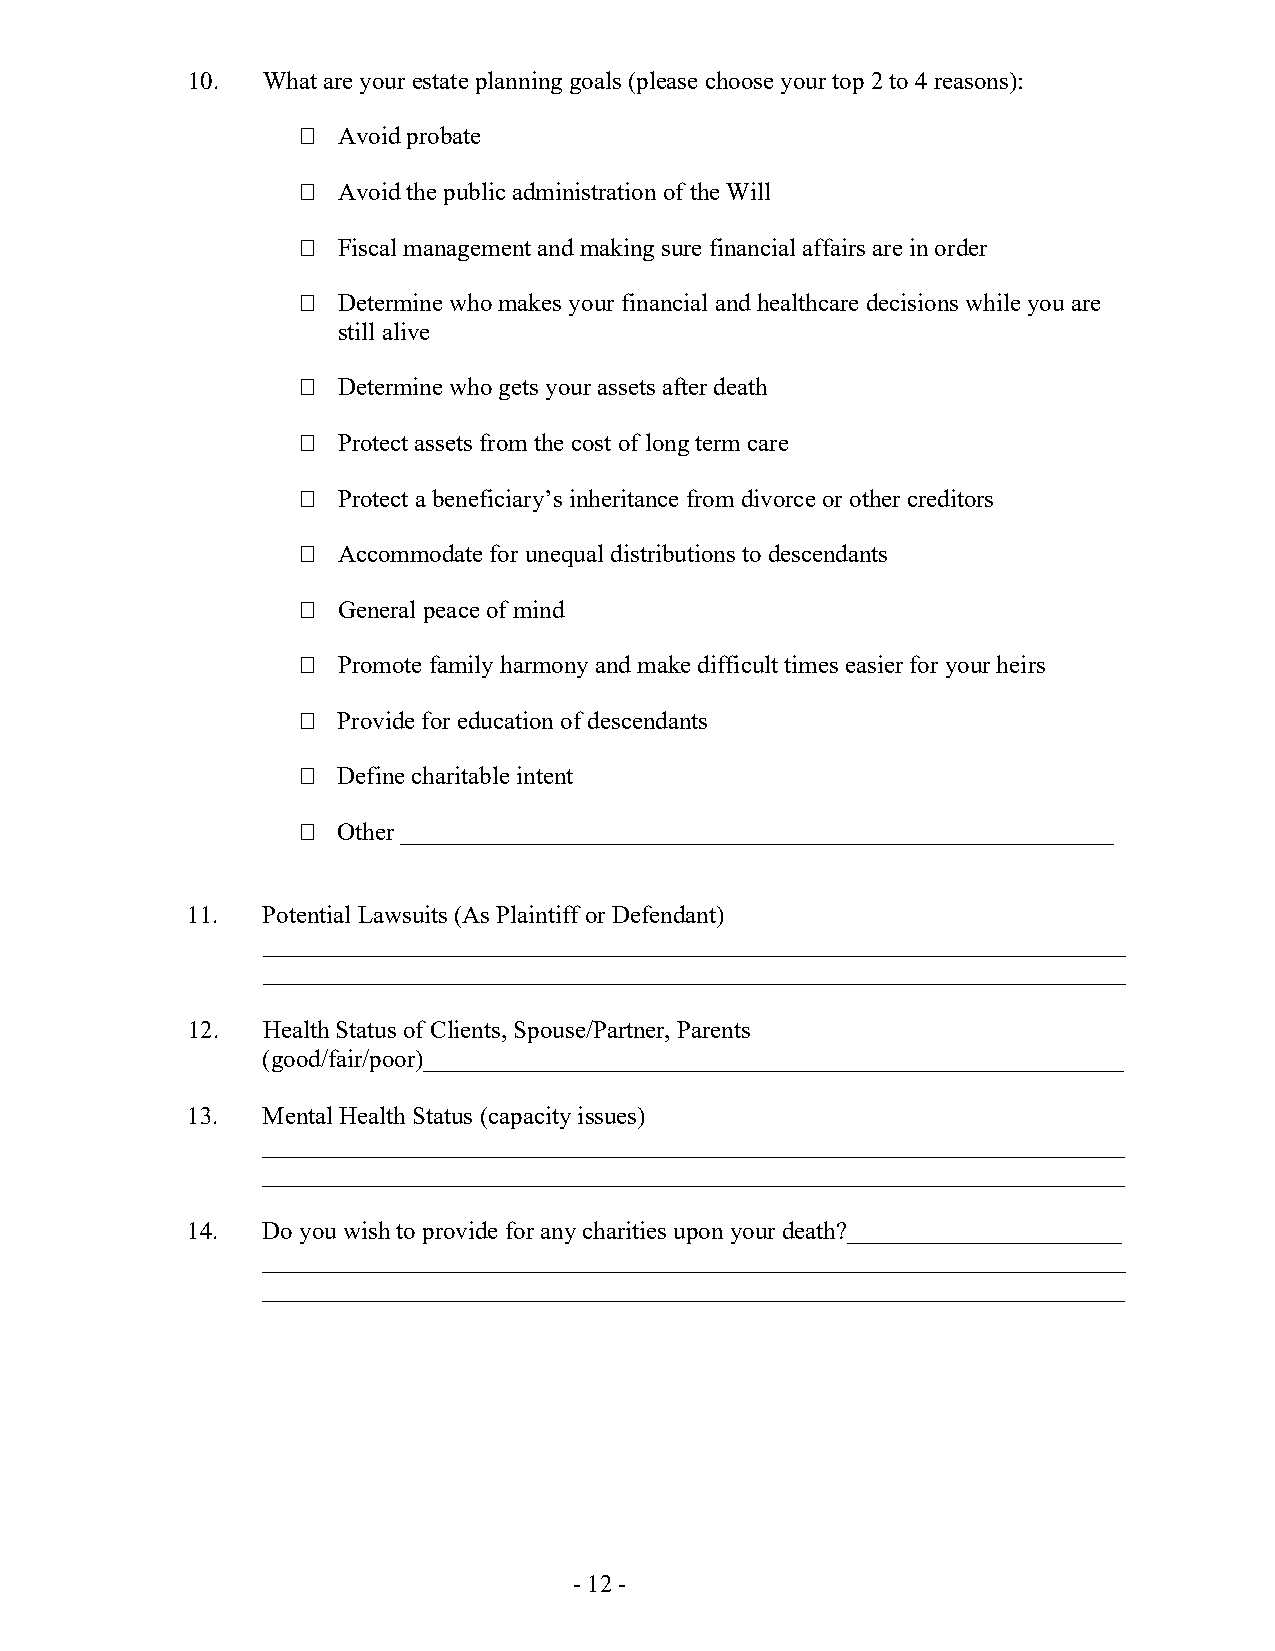
10.  What are your estate planning goals (please choose your top 2 to 4 reasons):
  Avoid probate
  Avoid the public administration of the Will
  Fiscal management and making sure financial affairs are in order
  Determine who makes your financial and healthcare decisions while you are
 still alive
  Determine who gets your assets after death
  Protect assets from the cost of long term care
  Protect a beneficiary’s inheritance from divorce or other creditors
  Accommodate for unequal distributions to descendants
  General peace of mind
  Promote family harmony and make difficult times easier for your heirs
  Provide for education of descendants
  Define charitable intent
  Other _________________________________________________________
 11.  Potential Lawsuits (As Plaintiff or Defendant)
 _____________________________________________________________________
 _____________________________________________________________________
 12.  Health Status of Clients, Spouse/Partner, Parents
 (good/fair/poor)________________________________________________________
 13.  Mental Health Status (capacity issues)
 _____________________________________________________________________
 _____________________________________________________________________
 14.  Do you wish to provide for any charities upon your death?______________________
 _____________________________________________________________________
 _____________________________________________________________________
 - 12 -